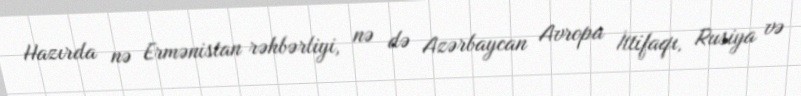
Hazırda nə Ermənistan rəhbərliyi, nə də Azərbaycan Avropa İttifaqı, Rusiya və